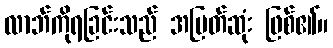
လာဘ်ကိုရခြင်းသည် အမြတ်ဆုံး ဖြစ်၏။